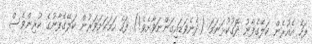
ފަހެ އެއުރެން ކަލޭގެފާނު ދޮގުކުޅަނަމަ (ދެނެވަޑައިގަންނަވާށެވެ!) ފަހެ ހަމަކަށަވަރުން ކަލޭގެފާނުގެ ކުރިންވެސް